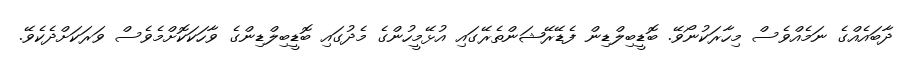
ދާބައެއްގެ ނަމެއްވެސް މިހާރަކުނޯވޭ. ބޮޑީބިލްޑިން ފެޑޭރޭޝަންތެރޭގައި އުޅޭމީހުންގެ މެދުގައި ބޮޑީބިލްޑިންގެ ވާހަކަކޮށްމެވެސް ވަރަކަށްދެކެވޭ.